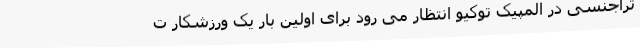
تراجنسی در المپیک توکیو انتظار می رود برای اولین بار یک ورزشکار ت